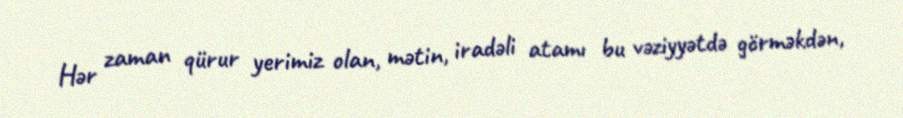
Hər zaman qürur yerimiz olan, mətin, iradəli atamı bu vəziyyətdə görməkdən,